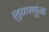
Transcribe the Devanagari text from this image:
शुक्राणूंना